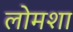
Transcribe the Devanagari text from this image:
लोमशा